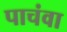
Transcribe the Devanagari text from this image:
पाचंवा